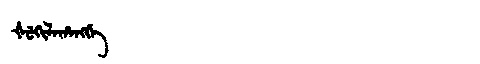
Manchu: ᡧᡠᡴᡳᠯᠠᡥᠠᠩᡤᡝ
Romanization: ŠUKILAHANGGE